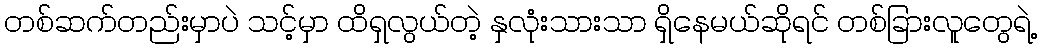
တစ်ဆက်တည်းမှာပဲ သင့်မှာ ထိရှလွယ်တဲ့ နှလုံးသားသာ ရှိနေမယ်ဆိုရင် တစ်ခြားလူတွေရဲ့